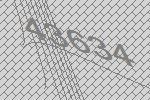
43634